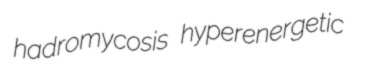
hadromycosis hyperenergetic